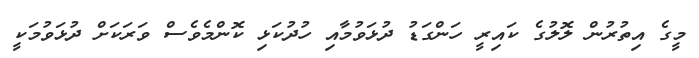
މީގެ އިތުރުން ލޮލުގެ ކައިރީ ހަންގަޑު ދުޅަވުމާއި ހުދުކަޅި ކޮންމެވެސް ވަރަކަށް ދުޅަވުމަކީ